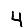
Digit: 4